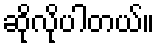
ဆိုလိုပါတယ်။